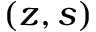
( z , s )